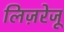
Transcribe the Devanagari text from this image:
लिज़रेजू